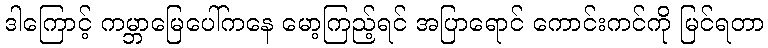
ဒါကြောင့် ကမ္ဘာမြေပေါ်ကနေ မော့ကြည့်ရင် အပြာရောင် ကောင်းကင်ကို မြင်ရတာ